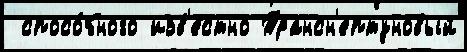
 спосо́бного изв'е́стно Трансн'ептуновый